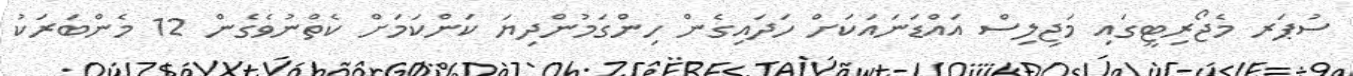
ސުޕަރ މެޖޯރިޓީގައި މަޖިލިސް އައްޑަނައަކަށް ހަދައިގެން ހިންގަމުންދިޔަ ކަންކަމަށް ކެތްނުވެގެން 12 މެންބަރަކު